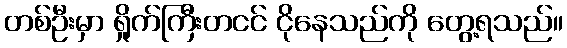
တစ်ဦးမှာ ရှိုက်ကြီးတငင် ငိုနေသည်ကို တွေ့ရသည်။